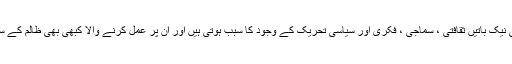
آیت الله غریفی نے بیان کیا : حق پر مبنی نیک باتیں ثقافتی ، سماجی ، فکری اور سیاسی تحریک کے وجود کا سبب ہوتی ہیں اور ان پر عمل کرنے والا کبھی بھی ظالم کے سامنے حق بات کہنے سے نہیں ڈرتا ہے۔